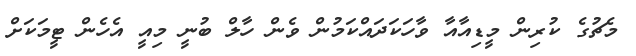
މެޗުގެ ކުރިން މީޑިއާއާ ވާހަކަދައްކަމުން ވެން ހާލް ބުނީ މިއީ އެހެން ޓީމަކަށް